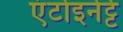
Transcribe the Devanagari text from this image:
एंटोइनेट्टे